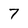
Character: 7